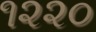
૧૨૨૦